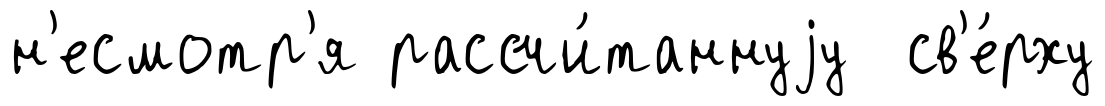
н'есмотр'я рассчи́таннуjу св'е́рху